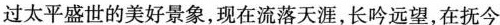
过太平盛世的美好景象，现在流落天涯，长吟远望，在抚今